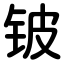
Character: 铍